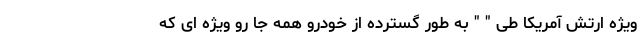
ویژه ارتش آمریکا طی " " به طور گسترده از خودرو همه جا رو ویژه ای که